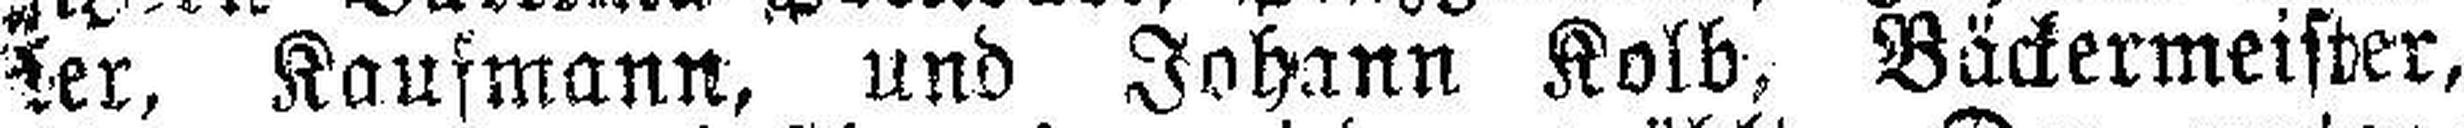
###er, Kaufmann, und Johann Kolb, Bäckermeister,